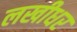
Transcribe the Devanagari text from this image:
लखीधर